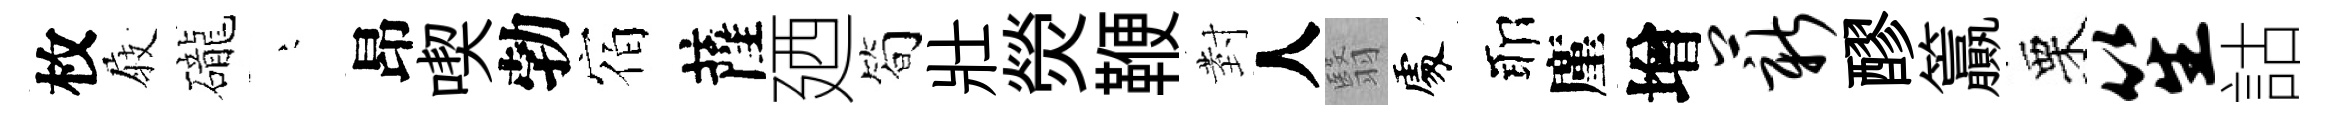
枚𡲆礲堂昂喫勃宿薩廼筍壯熒鞭𭔹人翳𠁅耶廑增薪醪籯栗笙詁